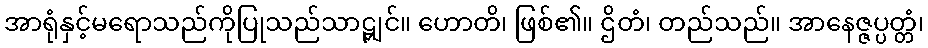
အာရုံနှင့်မရောသည်ကိုပြုသည်သာဠျှင်။ ဟောတိ၊ ဖြစ်၏။ ဌိတံ၊ တည်သည်။ အာနေဇ္ဇပ္ပတ္တံ၊